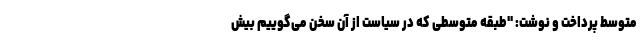
متوسط پرداخت و نوشت: "طبقه متوسطی که در سیاست از آن سخن می‌گوییم بیش